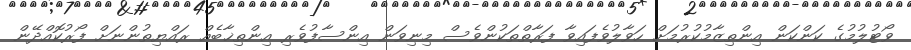
ވޯޓުލުމުގެ ކަންކަން އިންތިޒާމުކުރުމަށް ހަވާލުވެފައިވާ ފަރާތްތަކުންވެސް މިނިވަން އިންސާފުވެރި އިންތިޚާބެއް ރައްޔިތުންނަށް ފޯރުކޮއްދޭން